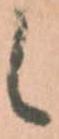
候